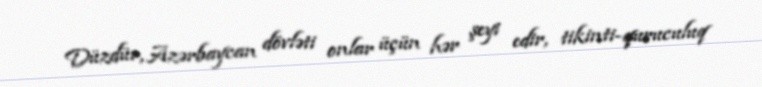
Düzdür, Azərbaycan dövləti onlar üçün hər şeyi edir, tikinti-quruculuq